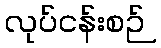
လုပ်ငန်းစဉ်